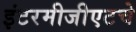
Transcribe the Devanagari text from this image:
इंटरमीजीएटचे